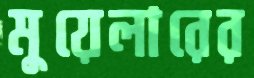
মুয়েলারের